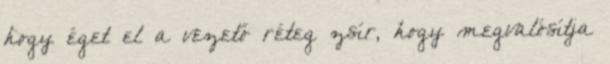
hogy éget el a vezető réteg zsír, hogy megvalósítja